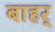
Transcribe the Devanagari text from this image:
बाहर्